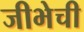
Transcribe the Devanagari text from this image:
जीभेची